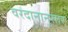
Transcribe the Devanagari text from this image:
वरदानानुसार